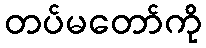
တပ်မတော်ကို